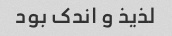
لذیذ و اندک بود